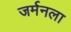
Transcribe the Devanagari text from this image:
जर्मनला